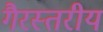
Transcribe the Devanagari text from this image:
गैरस्‍तरीय